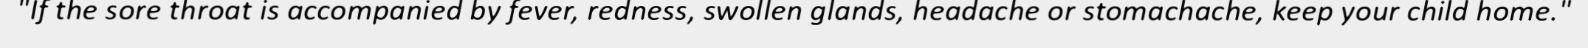
"If the sore throat is accompanied by fever, redness, swollen glands, headache or stomachache, keep your child home."